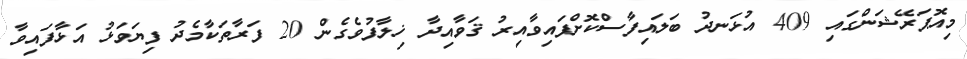
މިއޮޕަރޭޝަންގައި 409 އުޅަނދު ބަލައިފާސްކޮށްފައިވާއިރު ޤަވާއިދާ ޚިލާފުވެގެން 20 ފަރާތަކާމެދު ފިޔަވަޅު އަޅާފައިވާ